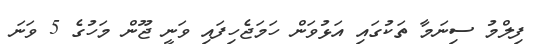
ފިލްމު ސިނަމާ ތަކުގައި އަޅުވަން ހަމަޖެހިފައި ވަނީ ޖޫން މަހުގެ 5 ވަނަ